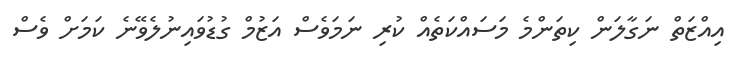
އިއްޒަތް ނަގާލަން ކިތަންމެ މަސައްކަތެއް ކުރި ނަމަވެސް އަޒުމް ގުޑުވައިނުލެވޭނެ ކަމަށް ވެސް